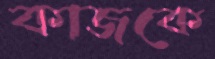
কাজকে